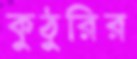
কুঠুরির